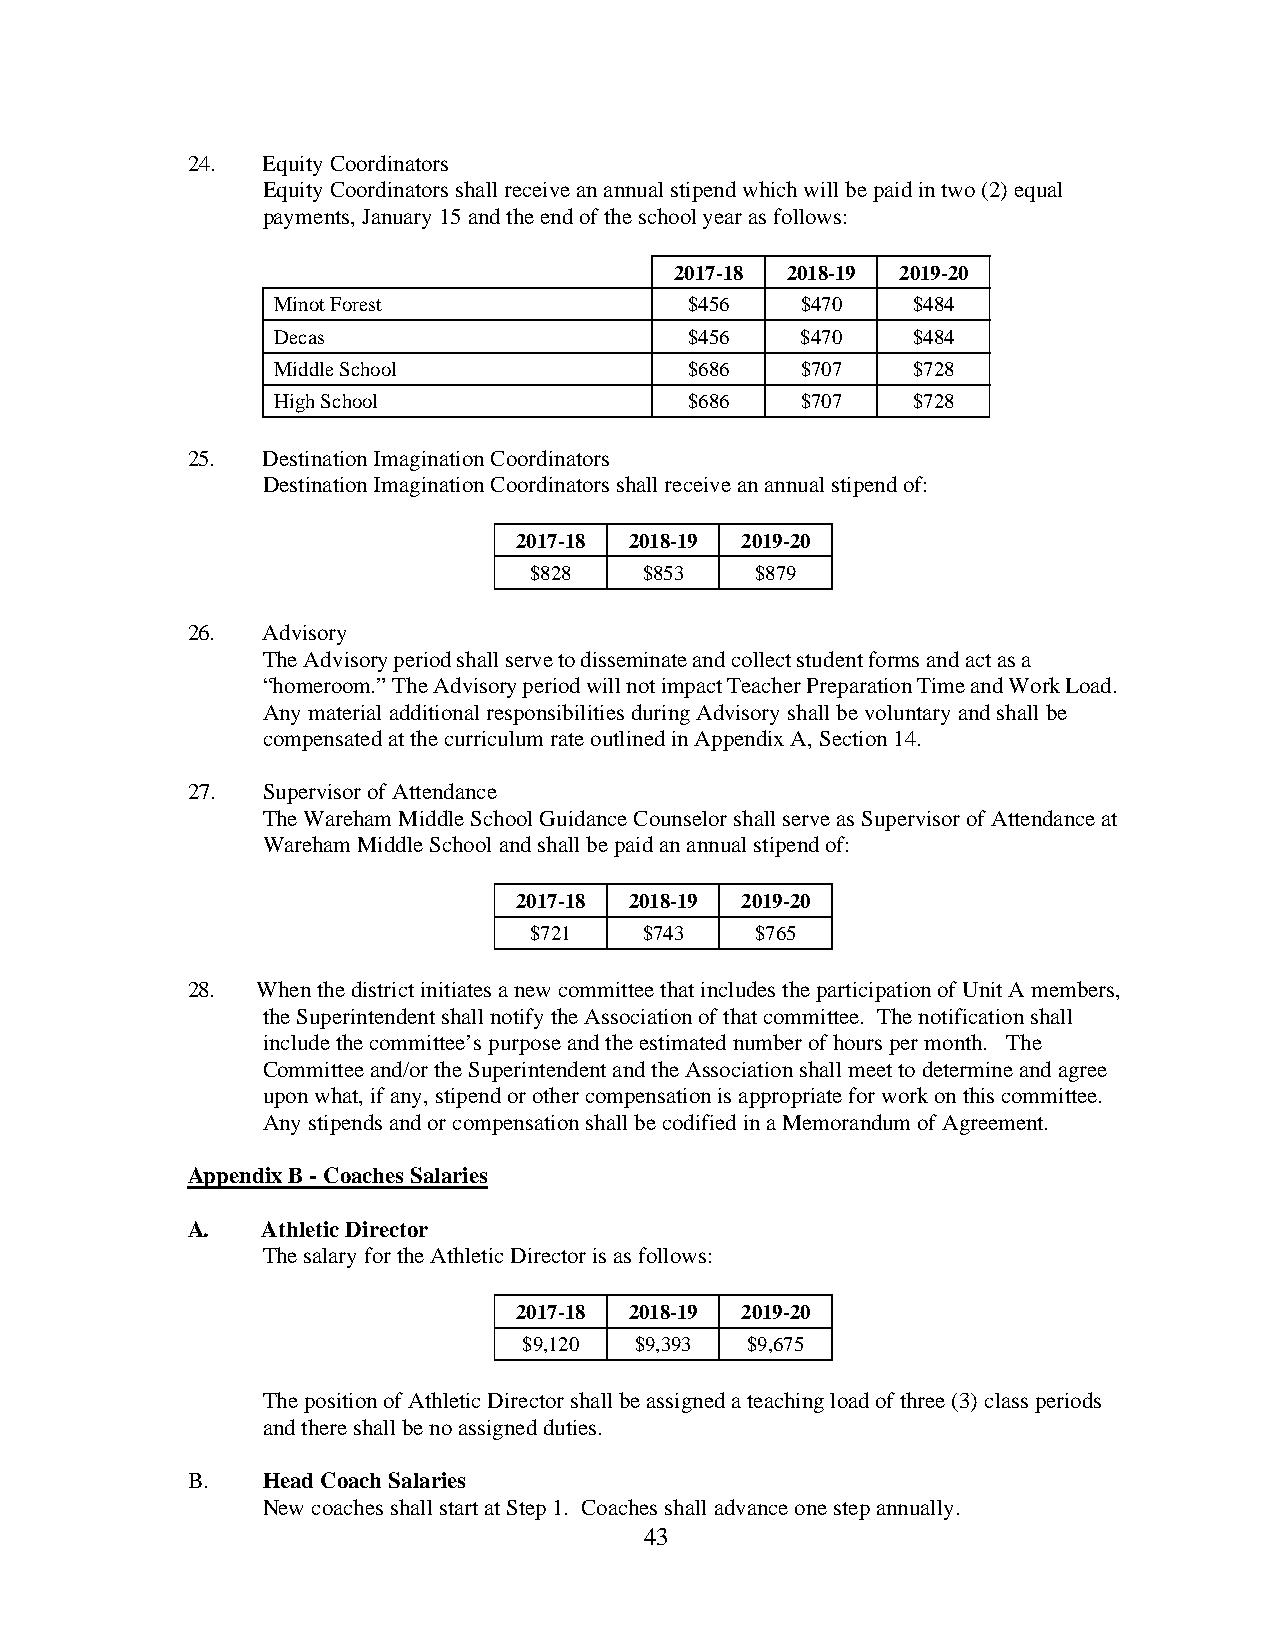
24.  Equity Coordinators
 Equity Coordinators shall receive an annual stipend which will be paid in two (2) equal
 payments, January 15 and the end of the school year as follows:
 2017-18 2018-19 2019-20
 Minot Forest                $456   $470   $484
 Decas                       $456   $470   $484
 Middle School               $686   $707   $728
 High School                 $686   $707   $728
 25.  Destination Imagination Coordinators
 Destination Imagination Coordinators shall receive an annual stipend of:
 2017-18 2018-19 2019-20
 $828    $853   $879
 26.  Advisory
 The Advisory period shall serve to disseminate and collect student forms and act as a
 “homeroom.” The Advisory period will not impact Teacher Preparation Time and Work Load.
 Any material additional responsibilities during Advisory shall be voluntary and shall be
 compensated at the curriculum rate outlined in Appendix A, Section 14.
 27.  Supervisor of Attendance
 The Wareham Middle School Guidance Counselor shall serve as Supervisor of Attendance at
 Wareham Middle School and shall be paid an annual stipend of:
 2017-18 2018-19 2019-20
 $721    $743   $765
 28.  When the district initiates a new committee that includes the participation of Unit A members,
 the Superintendent shall notify the Association of that committee. The notification shall
 include the committee’s purpose and the estimated number of hours per month. The
 Committee and/or the Superintendent and the Association shall meet to determine and agree
 upon what, if any, stipend or other compensation is appropriate for work on this committee.
 Any stipends and or compensation shall be codified in a Memorandum of Agreement.
 Appendix B - Coaches Salaries
 A.   Athletic Director
 The salary for the Athletic Director is as follows:
 2017-18 2018-19 2019-20
 $9,120 $9,393 $9,675
 The position of Athletic Director shall be assigned a teaching load of three (3) class periods
 and there shall be no assigned duties.
 B.   Head Coach Salaries
 New coaches shall start at Step 1. Coaches shall advance one step annually.
 43